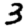
Digit: 3